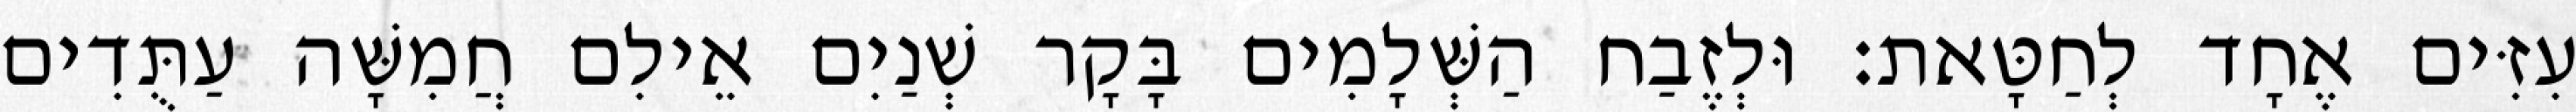
עִזִּים אֶחָד לְחַטָּאת׃ וּלְזֶבַח הַשְּׁלָמִים בָּקָר שְׁנַיִם אֵילִם חֲמִשָּׁה עַתֻּדִים